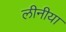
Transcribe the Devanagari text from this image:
लीनीया